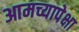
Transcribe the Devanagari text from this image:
आमच्यापेक्षा